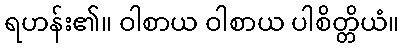
ရဟန်း၏။ ဝါစာယ ဝါစာယ ပါစိတ္တိယံ။